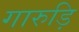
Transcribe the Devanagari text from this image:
गारुड़ि